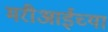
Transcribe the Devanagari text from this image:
मरीआईच्या